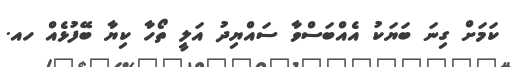
ކަމަށް ގިނަ ބަޔަކު އެއްބަސްވާ ސައްޔިދު އަލީ ތޯހާ ކިޔާ ބޭފުޅެއް ހއ.